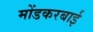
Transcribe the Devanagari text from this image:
मोंडकरबाई